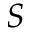
\boldsymbol { S }